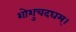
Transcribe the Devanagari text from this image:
शोशुचदघम्।